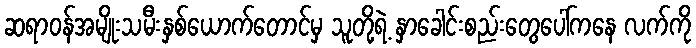
ဆရာဝန်အမျိုးသမီးနှစ်ယောက်တောင်မှ သူတို့ရဲ့ နှာခေါင်းစည်းတွေပေါ်ကနေ လက်ကို